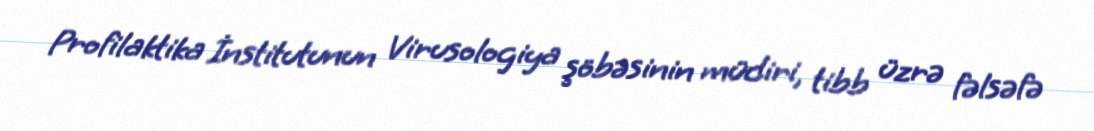
Profilaktika İnstitutunun Virusologiya şöbəsinin müdiri, tibb üzrə fəlsəfə